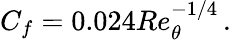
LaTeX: C_{f}=0.024Re_{\theta}^{-1/4}\, .